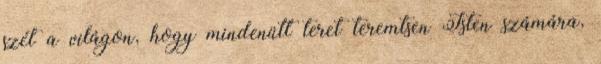
szét a világon, hogy mindenütt teret teremtsen Isten számára,